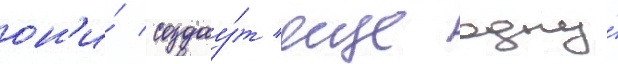
он'и́ создау́т еще одну́